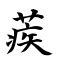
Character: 蒺